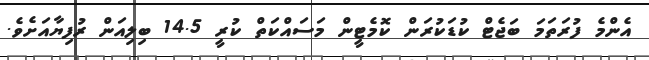
އެންމެ ފުރަތަމަ ބަޖެޓް ކުޑަކުރަން ކޮމެޓީން މަސައްކަތް ކުރީ 14.5 ބިލިއަން ރުފިޔާއަށެވެ.